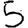
Digit: 5